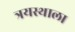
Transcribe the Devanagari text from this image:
त्रयस्थाला